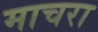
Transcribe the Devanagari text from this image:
माचरा